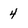
Character: 4